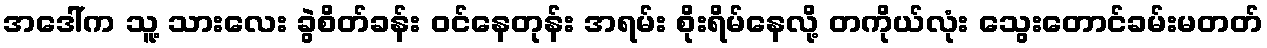
အဒေါ်က သူ့ သားလေး ခွဲစိတ်ခန်း ဝင်နေတုန်း အရမ်း စိုးရိမ်နေလို့ တကိုယ်လုံး သွေးတောင်ခမ်းမတတ်